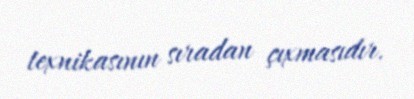
texnikasının sıradan çıxmasıdır.